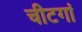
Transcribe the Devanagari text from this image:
चीटगां